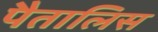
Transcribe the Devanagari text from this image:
पैतालिस